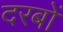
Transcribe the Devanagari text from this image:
दरबों